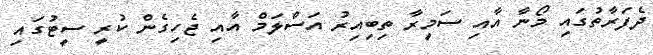
ދެފަރާތުގައި މޯނާ އާއި ސަމީރާ ތިބިއިރު އަސްލަމް އާއި ޖެހިގެން ކުރީ ސީޓުގައި